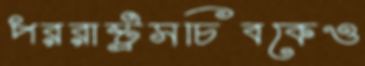
পররাষ্ট্রসচিবকেও